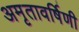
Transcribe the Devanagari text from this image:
अमृतावर्षिणी